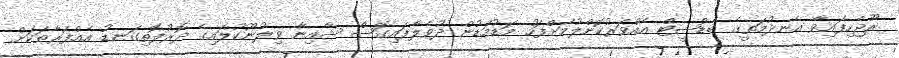
ރޫޖެހިފައިވާ އެނދުމަތީގެ ބެޑްޝީޓް އެއްވަރުކޮށްލުމަށްފަހު މަޑުމަޑުން ދުވެލާފައިގޮސް ޝާއިނާ ވިލުނޫކުލައިގެ ދޮރުފޮތިގަނޑު އެއްފަރާތަކަށް